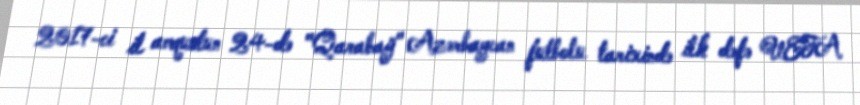
2017-ci il avqustun 24-də "Qarabağ" Azərbaycan futbolu tarixində ilk dəfə UEFA